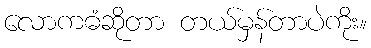
လောကဓံဆိုတာ တယ်မှန်တာပဲကိုး။